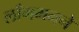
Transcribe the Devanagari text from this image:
लाँगमनने